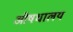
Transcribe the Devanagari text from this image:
ओषधालय